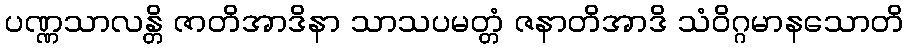
ပဏ္ဏသာလန္တိ ဇာတိအာဒိနာ သာသပမတ္တံ ဇနာတိအာဒိ သံဝိဂ္ဂမာနသောတိ